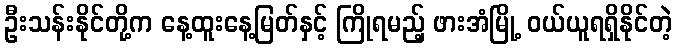
ဦးသန်းနိုင်တို့က နေ့ထူးနေ့မြတ်နှင့် ကြိုရမည့် ဖားအံမြို့ ဝယ်ယူရရှိနိုင်တဲ့